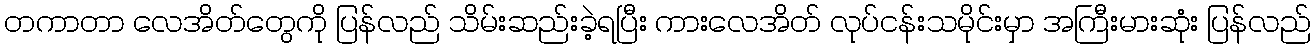
တကာတာ လေအိတ်တွေကို ပြန်လည် သိမ်းဆည်းခဲ့ရပြီး ကားလေအိတ် လုပ်ငန်းသမိုင်းမှာ အကြီးမားဆုံး ပြန်လည်